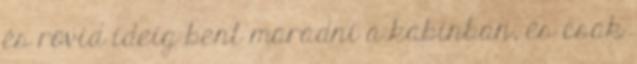
és rövid ideig bent maradni a kabinban, és csak